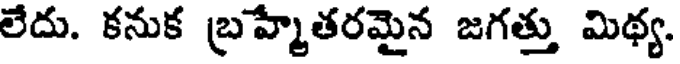
లేదు. కనుక బ్రహ్మేతరమైన జగత్తు మిథ్య.